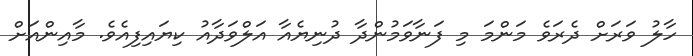
ހާލު ވަރަށް ދެރަވެ މަންމަ މި ފަނާވަމުންދާ ދުނިޔެއާ އަލްވަދާއު ކިޔައިފިއެވެ. މާއިންއަށް